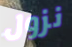
نزول